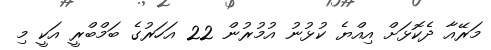
މަރޭއާ ދެކޮޅަށް އިއްޔެ ކުޅުނު އުމުރުން 22 އަހަރުގެ ބަމްބްރީ އަކީ މި